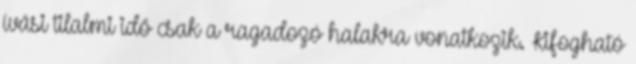
ívási tilalmi idő csak a ragadozó halakra vonatkozik. Kifogható